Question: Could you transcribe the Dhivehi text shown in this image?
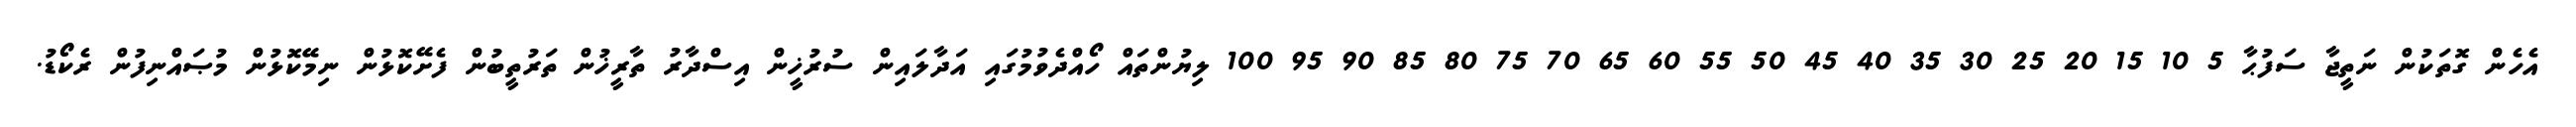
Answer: އެހެން ގޮތަކުން ނަތީޖާ ސަފުޙާ 5 10 15 20 25 30 35 40 45 50 55 60 65 70 75 80 85 90 95 100 ލިޔުންތައް ހޯއްދެވުމުގައި އަދާލައިން ސުރުޚީން އިސްދާރު ތާރީޚުން ތަރުތީބުން ފެށޭކޮޅުން ނިމޭކޮޅުން މުޞައްނިފުން ރެކޯޑު.